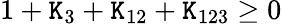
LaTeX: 1+\mathtt{K}_{3}+\mathtt{K}_{12}+\mathtt{K}_{123}\ge0